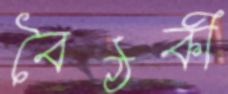
বৈঠকী